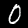
Digit: 0